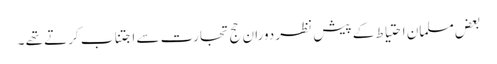
بعض مسلمان احتیاط کے پیش نظر دورانِ حج تجارت سے اجتناب کرتے تھے ۔